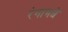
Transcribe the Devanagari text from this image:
रंगामधे